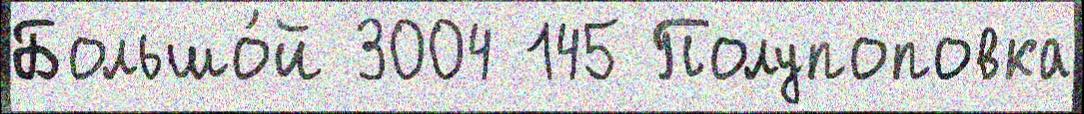
Большо́й 3004 145 Полупоповка